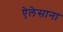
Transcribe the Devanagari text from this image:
ऐलेसाना